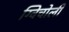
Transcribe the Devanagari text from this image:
ग्विचोली